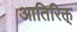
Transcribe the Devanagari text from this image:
आतिरिक्त्